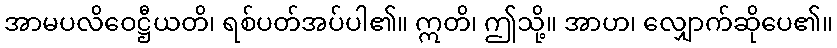
အာမပလိဝေဋ္ဌီယတိ၊ ရစ်ပတ်အပ်ပါ၏။ ဣတိ၊ ဤသို့။ အာဟ၊ လျှောက်ဆိုပေ၏။